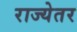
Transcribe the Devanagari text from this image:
राज्येतर